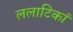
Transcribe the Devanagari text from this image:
ललाटिकां